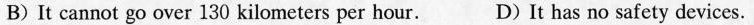
B)It cannot go over 130 kilometers per hour. D)It has no safety devices.